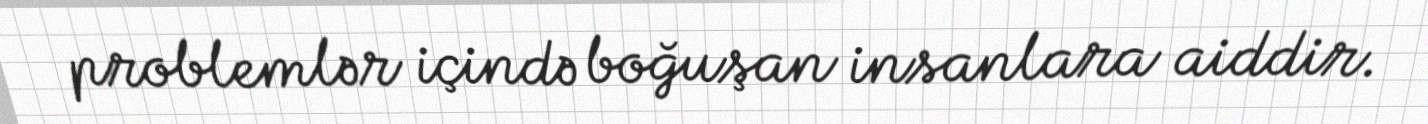
problemlər içində boğuşan insanlara aiddir.